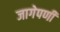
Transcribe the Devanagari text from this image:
जागेपणी